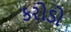
કરોડો